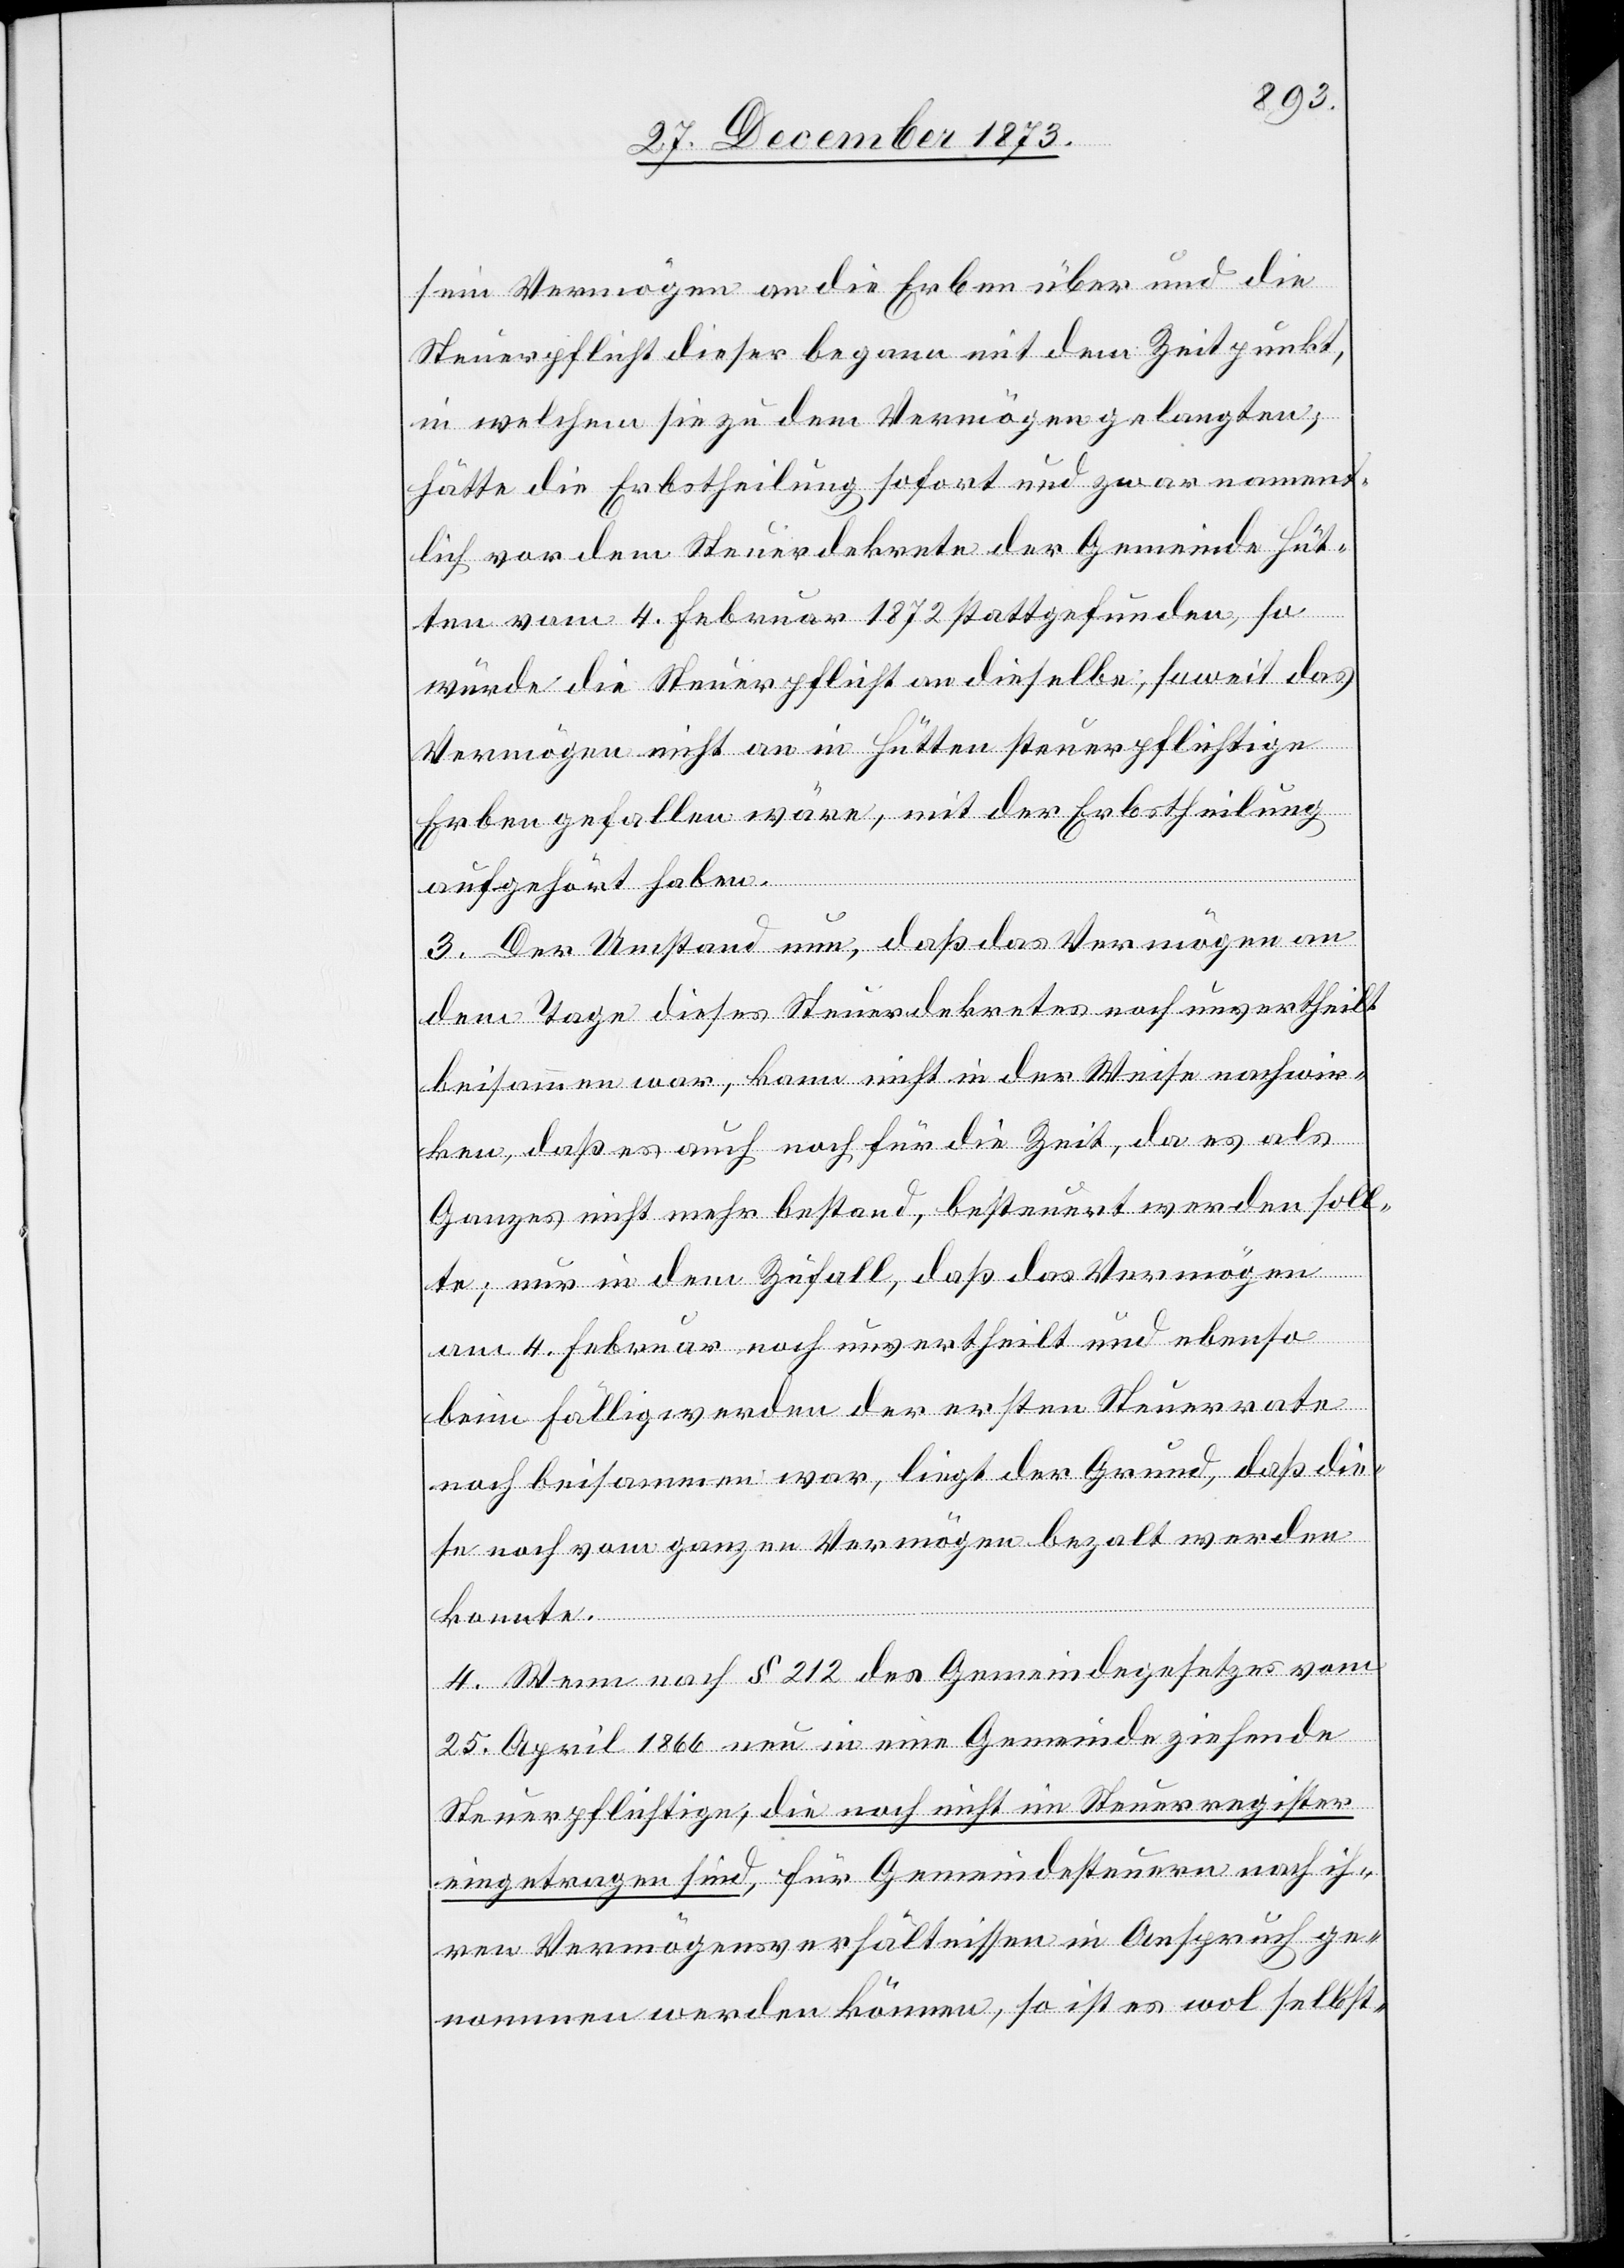
sein Vermögen an die Erben über und die
Steuerpflicht dieser begann mit dem Zeitpunkt,
in welchem sie zu dem Vermögen gelangten;
hätte die Erbstheilung sofort und zwar nament¬
lich vor dem Steuerdekrete der Gemeinde Hüt¬
ten vom 4. Februar 1872 stattgefunden, so
würde die Steuerpflicht an dieselbe, sowie das
Vermögen nicht an in Hütten steuerpflichtige
Erben gefallen wäre, mit der Erbstheilung
aufgehört haben.
3. Der Umstand nun, daß das Vermögen an
dem Tage dieses Steuerdekretes noch unvertheilt
beisammen war, kann nicht in der Weise nachwir¬
ken, daß es auch noch für die Zeit, da es als
Ganzes nicht mehr bestand, besteuert werden soll¬
te; nur in dem Zufall, daß das Vermögen
am 4. Februar noch unvertheilt und ebenso
beim Fälligwerden der ersten Steuerrate
noch beisammen war, liegt der Grund, daß die¬
se noch vom ganzen Vermögen bezahlt werden
konnte.
4. Wenn nach § 212 des Gemeindegesetzes vom
25. April 1866 neu in eine Gemeinde ziehende
Steuerpflichtige, die noch nicht im Steuerregister
eingetragen sind, für Gemeindesteuern nach ih¬
ren Vermögensverhältnissen in Anspruch ge¬
nommen werden können, so ist es wol selbst-